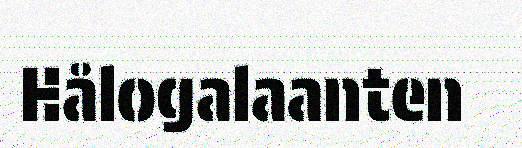
Hålogalaanten